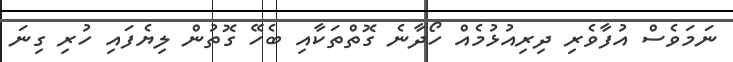
ނަމަވެސް އުފާވެރި ދިރިއުޅުމެއް ހޯދާނެ ގޮތްތަކާއި ބެހޭ ގޮތުން ލިޔެފައި ހުރި ގިނަ